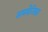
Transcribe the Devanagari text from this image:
अमबैजिडर